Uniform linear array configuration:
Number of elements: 12
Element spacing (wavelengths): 0.25
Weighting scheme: kaiser
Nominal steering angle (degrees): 45
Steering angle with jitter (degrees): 44.402
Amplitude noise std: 0.05
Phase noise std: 0.05

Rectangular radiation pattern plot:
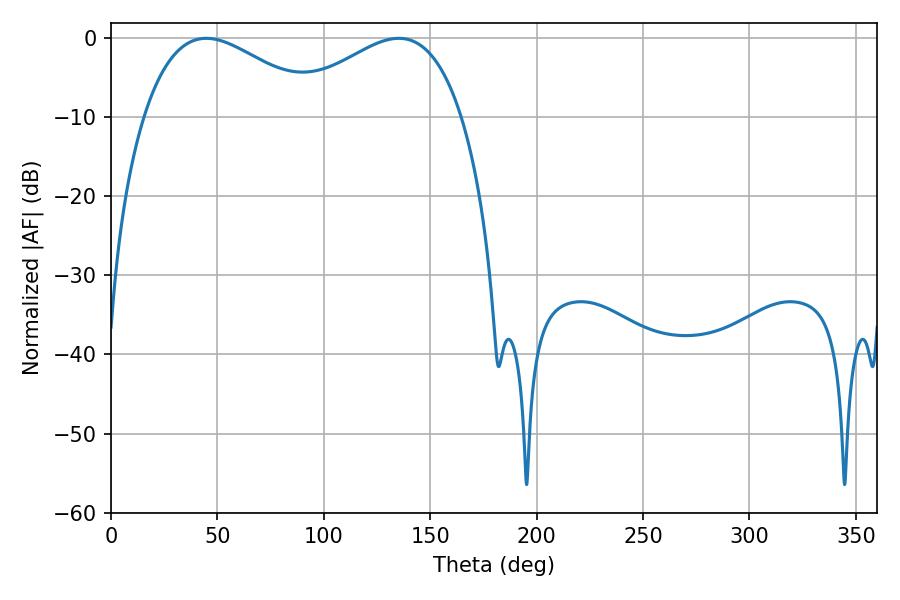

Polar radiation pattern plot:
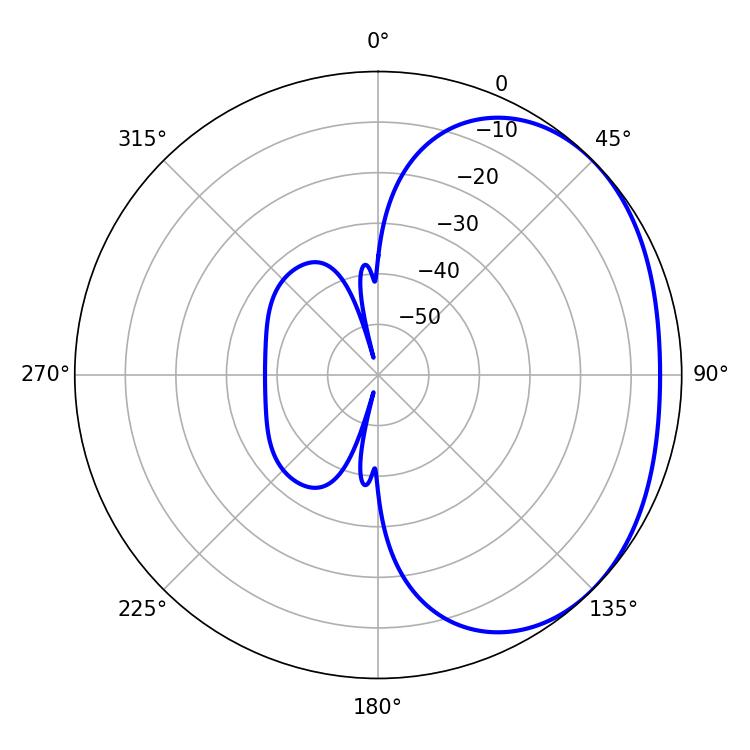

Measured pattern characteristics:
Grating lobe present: FALSE
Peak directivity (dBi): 2.141
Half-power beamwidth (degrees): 45.36
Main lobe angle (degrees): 44.82